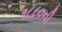
૧૮૮૦ની